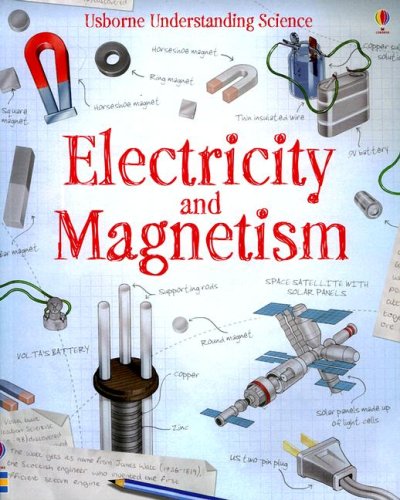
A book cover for Electricity and Magnetism (Paperback) (Usborne Understand Science); National Geographic Learning National Geographic Learning; Children's Books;